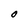
Character: O